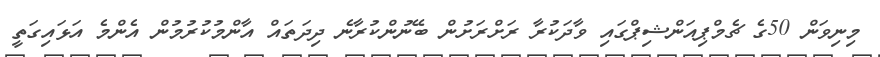
މިނިވަން 50ގެ ޗެމްޕިއަންޝިޕްގައި ވާދަކުރާ ރަށްރަށުން ބޭނުންކުރާނެ ދިދަތައް އާންމުކުރުމުން އެންމެ އަޅައިގަތީ